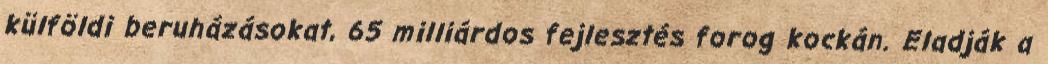
külföldi beruházásokat, 65 milliárdos fejlesztés forog kockán. Eladják a